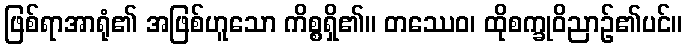
ဖြစ်ရာအာရုံ၏ အဖြစ်ဟူသော ကိစ္စရှိ၏။ တဿေဝ၊ ထိုစက္ခုဝိညာဉ်၏ပင်။